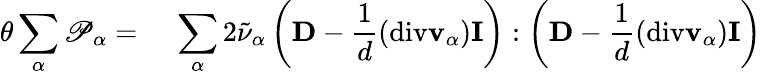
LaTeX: \begin{array}{rl}{\theta\displaystyle\sum_{\alpha}\mathscr{P}_{\alpha}=}&{{}~\displaystyle\sum_{\alpha}2\tilde{\nu}_{\alpha}\left(\mathbf{D}-\frac{1}{d}(\mathrm{div}\mathbf{v}_{\alpha})\mathbf{I}\right):\left(\mathbf{D}-\frac{1}{d}(\mathrm{div}\mathbf{v}_{\alpha})\mathbf{I}\right)}\end{array}